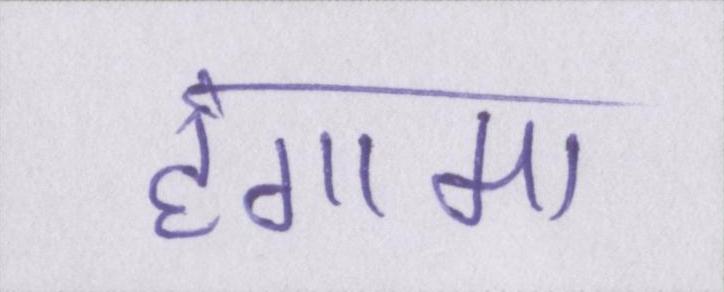
हंगामा